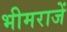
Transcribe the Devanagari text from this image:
भीमराजें